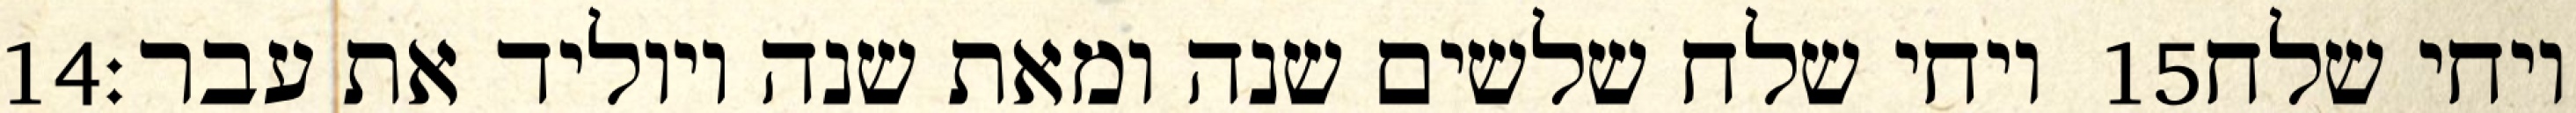
‎14‏ ויחי שלח שלשים שנה ומאת שנה ויוליד את עבר׃ ‎15‏ ויחי שלח